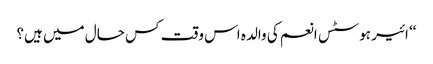
‘‘ ائیر ہوسٹس انعم کی والدہ اس وقت کس حال میں ہیں؟